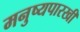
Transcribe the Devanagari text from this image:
मनुष्यपारखी